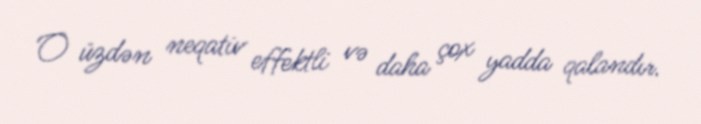
O üzdən neqativ effektli və daha çox yadda qalandır.